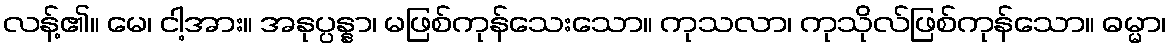
လန့်၏။ မေ၊ ငါ့အား။ အနုပ္ပန္နာ၊ မဖြစ်ကုန်သေးသော။ ကုသလာ၊ ကုသိုလ်ဖြစ်ကုန်သော။ ဓမ္မာ၊